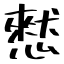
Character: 憖